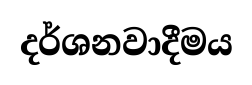
දර්ශනවාදීමය